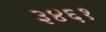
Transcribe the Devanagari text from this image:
३४६१